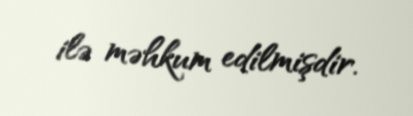
ilə məhkum edilmişdir.